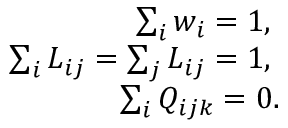
\begin{array} { r } { \sum _ { i } w _ { i } = 1 , \; } \\ { \sum _ { i } L _ { i j } = \sum _ { j } L _ { i j } = 1 , \; } \\ { \sum _ { i } Q _ { i j k } = 0 . } \end{array}